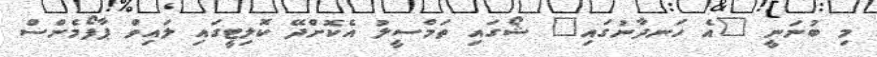
މި ބުނަނީ "އެ ހަނދާނުގައި" ޝޯގައި ތަމްސީލު އެކޮށްދޭ ކޮލިޓީގައި ލައިވް ޕާފޯމެންސް